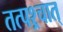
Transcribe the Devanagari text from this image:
तत्पश्र्चात्